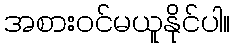
အစားဝင်မယူနိုင်ပါ။